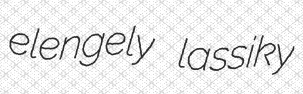
elengely lassiky